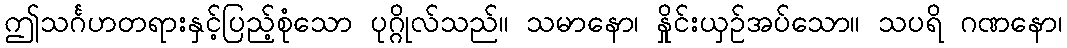
ဤသင်္ဂဟတရားနှင့်ပြည့်စုံသော ပုဂ္ဂိုလ်သည်။ သမာနော၊ နှိုင်းယှဉ်အပ်သော။ သပရိ ဂဏနော၊